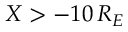
X > - 1 0 \, R _ { E }